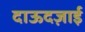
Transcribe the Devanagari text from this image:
दाऊदज़ाई